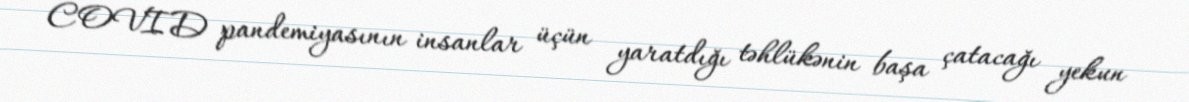
COVID pandemiyasının insanlar üçün yaratdığı təhlükənin başa çatacağı yekun